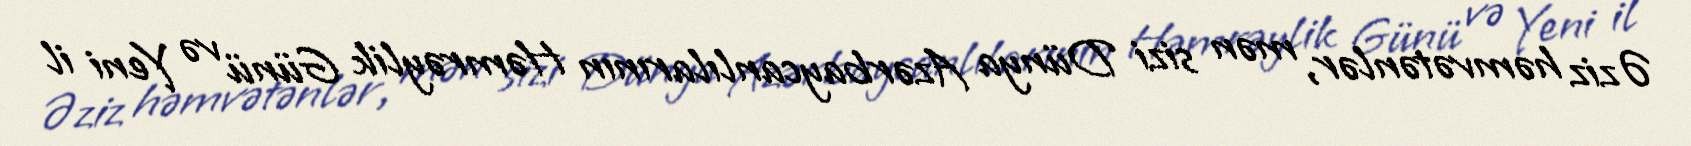
Əziz həmvətənlər, mən sizi Dünya Azərbaycanlılarının Həmrəylik Günü və Yeni il